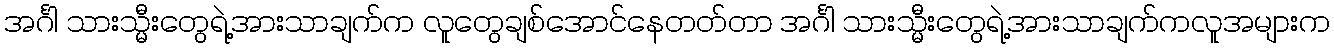
အင်္ဂါ သားသ္မီးတွေရဲ့အားသာချက်က လူတွေချစ်အောင်နေတတ်တာ အင်္ဂါ သားသ္မီးတွေရဲ့အားသာချက်ကလူအများက